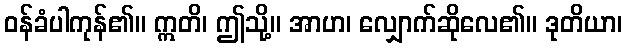
ဝန်ခံပါကုန်၏။ ဣတိ၊ ဤသို့။ အာဟ၊ လျှောက်ဆိုလေ၏။ ဒုတိယာ၊